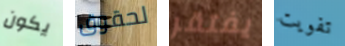
يكون لحقوق يفتقر تفويت